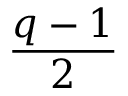
\frac { q - 1 } { 2 }